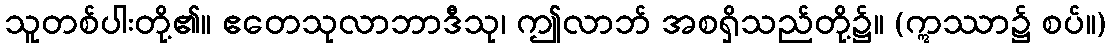
သူတစ်ပါးတို့၏။ ဧတေသုလာဘာဒီသု၊ ဤလာဘ် အစရှိသည်တို့၌။ (ဣဿာ၌ စပ်။)